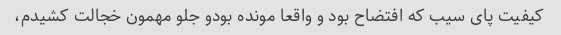
کیفیت پای سیب که افتضاح بود و واقعا مونده بودو جلو مهمون خجالت کشیدم،